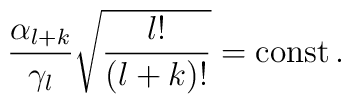
\frac{\alpha_{l+k}}{\gamma_l} \sqrt{\frac{l!}{(l+k)!}} ={\rm const}\,.